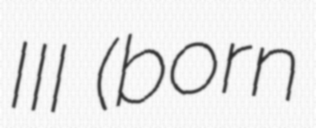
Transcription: III (born